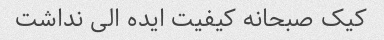
کیک صبحانه کیفیت ایده الی نداشت